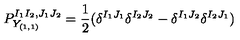
P _ { Y _ { ( 1 , 1 ) } } ^ { I _ { 1 } I _ { 2 } , J _ { 1 } J _ { 2 } } = \frac { 1 } { 2 } ( \delta ^ { I _ { 1 } J _ { 1 } } \delta ^ { I _ { 2 } J _ { 2 } } - \delta ^ { I _ { 1 } J _ { 2 } } \delta ^ { I _ { 2 } J _ { 1 } } )